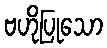
ဗဟိုပြုသော